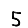
Digit: 5